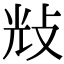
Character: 𢼯